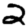
Digit: 2